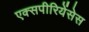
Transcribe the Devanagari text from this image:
एक्सपीरियेंसेस